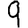
Digit: 9